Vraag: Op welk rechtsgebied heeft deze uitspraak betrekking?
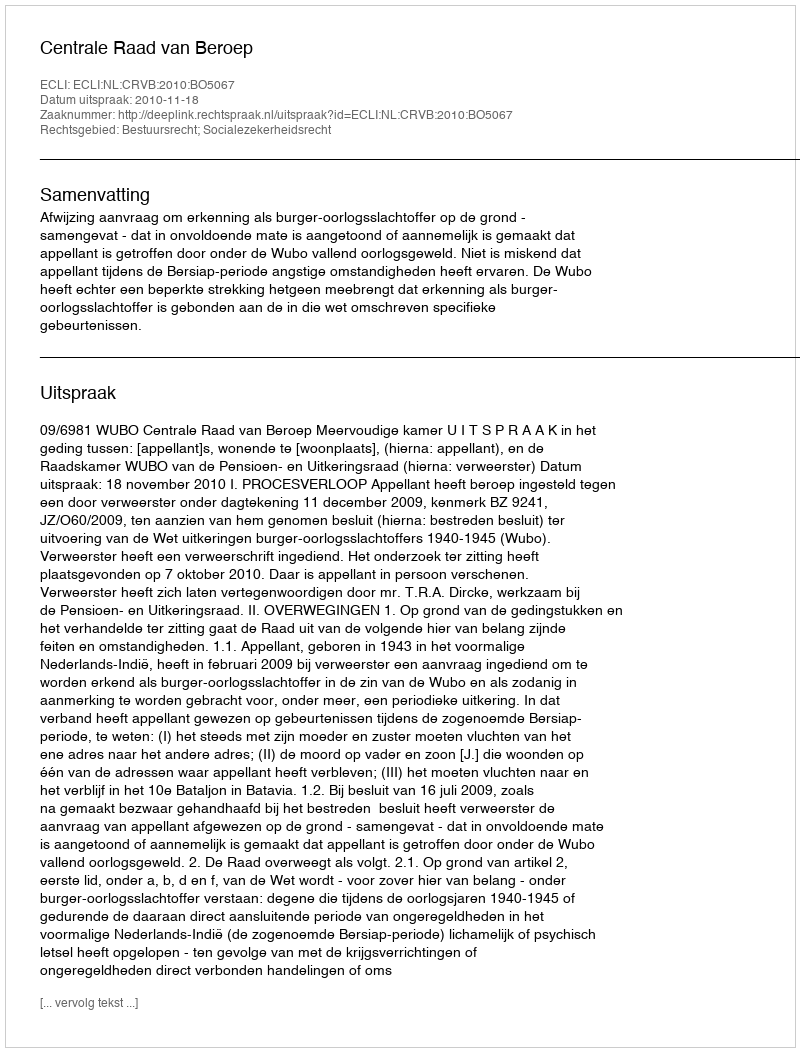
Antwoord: Bestuursrecht; Socialezekerheidsrecht